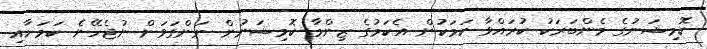
ކޮމިޝަނުގެ މެންބަރަކު ކުރައްވާ ކަމަކުން އެކަމުގެ ޒިންމާ ކޮމިޝަނުން ނަންގަވަން ނުޖެހޭނެ ކަމަށާއި